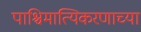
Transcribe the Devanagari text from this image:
पाश्चिमात्यिकरणाच्या